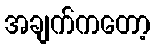
အချက်ကတော့